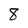
Character: 8